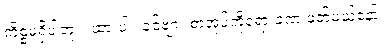
ကိစ္စမရှိပါဘူး။ ထားပါ။ ခင်ဗျား စာအုပ်ကိုရော ခဏ ဖတ်မယ်နော်။